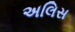
અલિસ